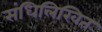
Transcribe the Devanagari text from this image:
संधिलिखित